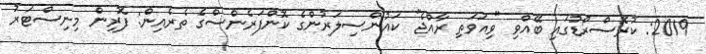
2019: ކުރޮސްރޯޑުގައި ބޭއްވި "ވިއަވަތި ރާއްޖެ" ކައުންސިލަރުންގެ ކޮންފަރެންސްގެ ތެރެއިން: ފޮރިން މިނިސްޓަރު